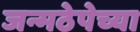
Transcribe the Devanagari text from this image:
जन्मठेपेच्या